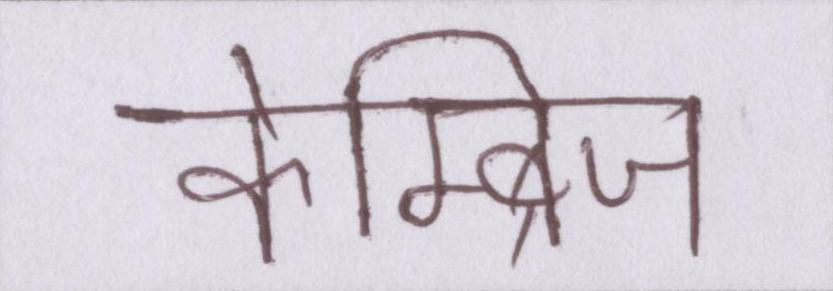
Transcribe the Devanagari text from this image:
केम्ब्रिज